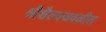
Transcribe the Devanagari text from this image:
श्रीशैल्यजवळील